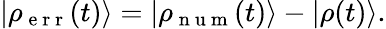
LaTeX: |\rho_{\mathrm{~e~r~r~}}(t)\rangle=|\rho_{\mathrm{~n~u~m~}}(t)\rangle-|\rho(t)\rangle.